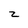
Character: z